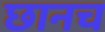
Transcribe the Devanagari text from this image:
छानच